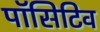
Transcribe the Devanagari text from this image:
पॉसिटिव